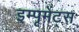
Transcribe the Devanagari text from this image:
इम्पृमेंट्स